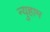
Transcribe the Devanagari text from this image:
न्युहाम